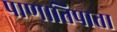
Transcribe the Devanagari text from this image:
पाणातिपाता